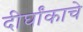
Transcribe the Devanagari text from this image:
दीर्घांकाचे